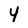
Character: Y